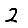
Digit: 2